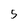
Character: 5